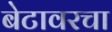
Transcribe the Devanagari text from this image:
बेटावरचा